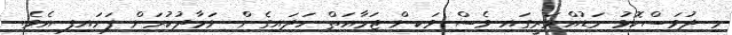
މި ދުވަސްކޮޅު މަޑުއްވަރީގައި ވެސް ވަކިން ޖަމާއަތް ހަދައިގެން ނަމާދުކުރަން ފަށައިފި އެވެ.